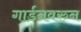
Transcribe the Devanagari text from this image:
गार्डनवरुन